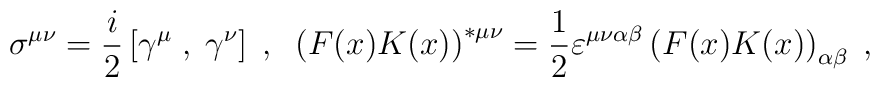
\sigma^{\mu \nu}=\frac{i}{2}\left[\gamma^{\mu}\;,\;\gamma^{\nu}\right]\;,\;\;\left(F(x)K(x)\right)^{\ast \mu \nu}=\frac{1}{2}\varepsilon^{\mu \nu\alpha \beta}\left(F(x)K(x)\right)_{\alpha \beta}\;,